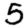
Digit: 5